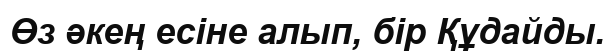
Өз әкең есіне алып, бір Құдайды.